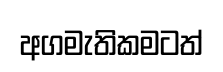
අගමැතිකමටත්